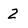
Character: 2